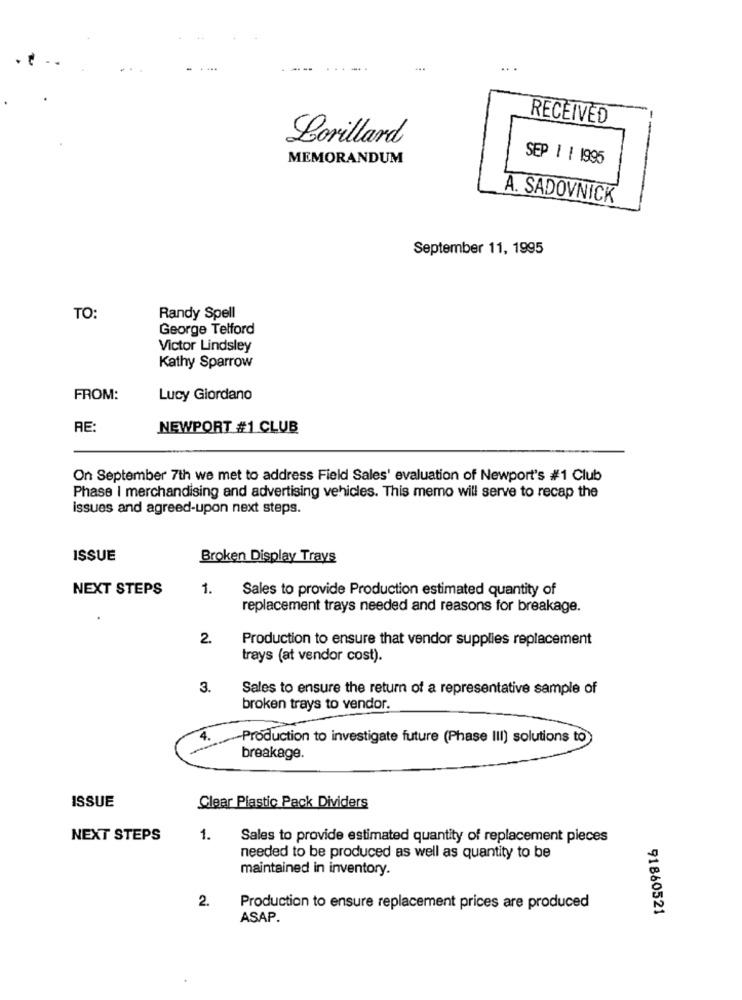
RECEIVED
Lorillard
MEMORANDUM
SEP 1 | 1996
A. SADOVNICK
September 11, 1995
TO:
Randy Spell
George Telford
Victor Lindsley
Kathy Sparrow
FROM:
Lucy Giordano
RE:
NEWPORT #1 CLUB
On September 7th we met to address Field Sales' evaluation of Newport's #1 Club
Phase I merchandising and advertising vehicles. This memo will serve to recap the
issues and agreed-upon next steps.
ISSUE
Broken Display Trays
NEXT STEPS
1.
Sales to provide Production estimated quantity of
replacement trays needed and reasons for breakage.
.
2.
Production to ensure that vendor supplies replacement
trays (at vendor cost).
3.
Sales to ensure the return of a representative sample of
broken trays to vendor.
4.
Production to investigate future (Phase III) solutions to)
breakage.
ISSUE
Clear Plastic Pack Dividers
NEXT STEPS
1.
Sales to provide estimated quantity of replacement pieces
needed to be produced as well as quantity to be
maintained in inventory.
2.
Production to ensure replacement prices are produced
91860521
ASAP.